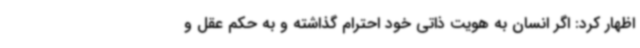
اظهار کرد: اگر انسان به هویت ذاتی خود احترام گذاشته و به حکم عقل و